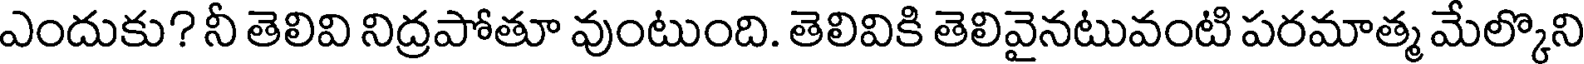
ఎందుకు? నీ తెలివి నిద్రపోతూ వుంటుంది. తెలివికి తెలివైనటువంటి పరమాత్మ మేల్కొని